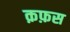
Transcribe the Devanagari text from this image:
क़फ़स